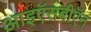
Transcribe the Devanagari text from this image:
आइऍसबीऍन